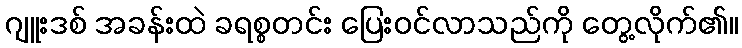
ဂျူးဒစ် အခန်းထဲ ခရစ္စတင်း ပြေးဝင်လာသည်ကို တွေ့လိုက်၏။